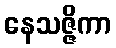
နေသဇ္ဇိကာ